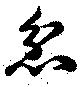
忿